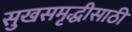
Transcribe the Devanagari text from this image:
सुखसमृद्धीसाठी